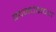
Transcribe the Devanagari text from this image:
वदनचंद्राच्या